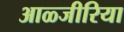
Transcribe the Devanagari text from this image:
आळ्जीरिया